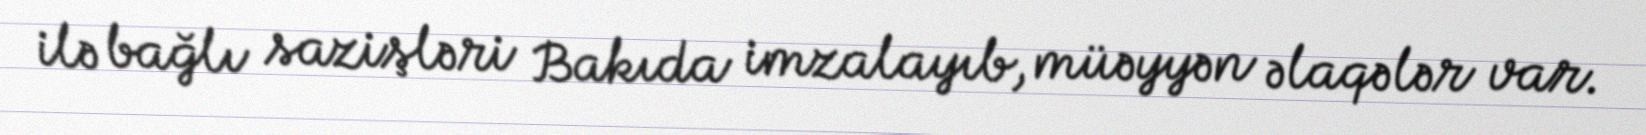
ilə bağlı sazişləri Bakıda imzalayıb, müəyyən əlaqələr var.